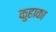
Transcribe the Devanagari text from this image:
कुहाका